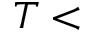
T <